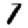
Digit: 1